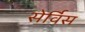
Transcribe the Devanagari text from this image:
सेर्विस